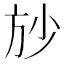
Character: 𱡱